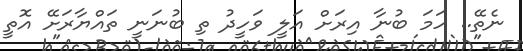
ނެތޭ.. ހަމަ ބުނާ އިރަށް އަލީ ވަހީދު ތި ބުނަނީ ތައްޔާރަށޭ އޮތީ